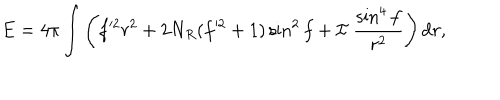
E = 4 \pi \int \left( f ^ { \prime 2 } r ^ { 2 } + 2 N _ { R } ( f ^ { \prime 2 } + 1 ) \sin ^ { 2 } f + { \cal I } ~ \frac { \sin ^ { 4 } f } { r ^ { 2 } } \right) \mathrm { d } r ,